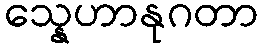
သ္နေဟာနုဂတာ